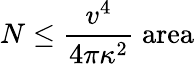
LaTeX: N\leq{\frac{v^{4}}{4\pi\kappa^{2}}}\; \mathrm{area}